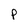
Character: P